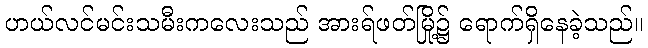
ဟယ်လင်မင်းသမီးကလေးသည် အားရ်ဖတ်မြို့၌ ရောက်ရှိနေခဲ့သည်။